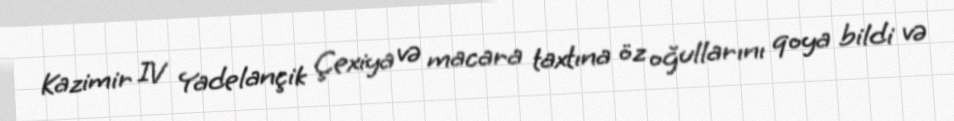
Kazimir IV Yadelançik Çexiya və macara taxtına öz oğullarını qoya bildi və